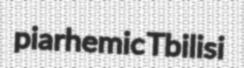
piarhemic Tbilisi